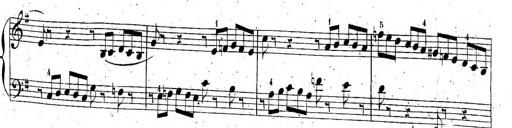
Title: 6 Sonatinen, Op.95
Composer: Ferdinand Hiller
Key: Various